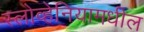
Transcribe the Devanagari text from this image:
स्लोव्हेनियामधील